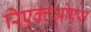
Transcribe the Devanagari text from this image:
रिएक्टओएस